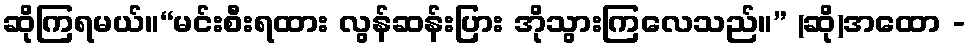
ဆိုကြရမယ်။“မင်းစီးရထား လွန်ဆန်းပြား အိုသွားကြလေသည်။” (ဆို)အထော -